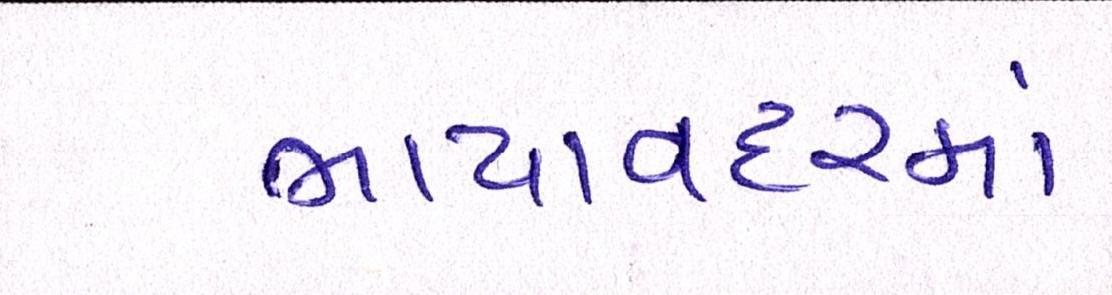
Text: ભાયાવદરમાં